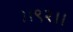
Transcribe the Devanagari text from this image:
।।९२।।